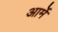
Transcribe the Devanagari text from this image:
आर्मे